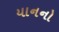
યાનનો